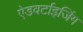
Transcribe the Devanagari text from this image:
ऐडवर्टाइजिंग